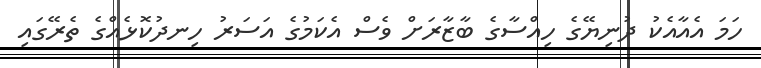
ހަމަ އެއާއެކު ދުނިޔޭގެ ހިއްސާގެ ބާޒާރަށް ވެސް އެކަމުގެ އަސަރު ހިނދުކޮޅެއްގެ ތެރޭގައި